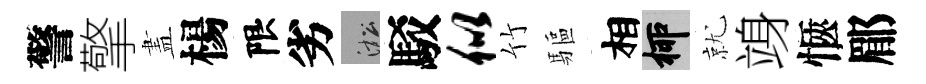
警擎𥁞楊限劣淞駁似竹驅相柳就竧愜郿